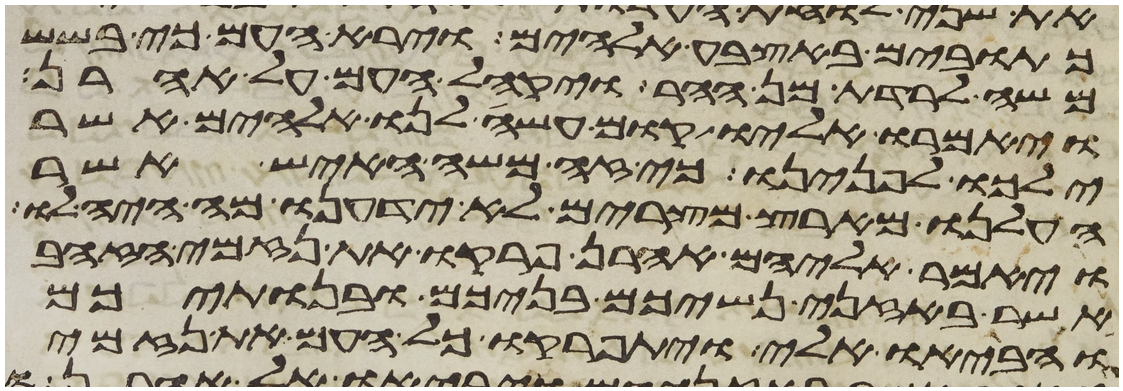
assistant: כתובים באצבע אלהים וירא העם כי בשש
משה לרדת מן ההר ויקהל העם על אהרן
ויאמרו אליו קום עשה לנו אלהים אשר
ילכו לפנינו כי זה משה האיש אשר
העלנו מארץ מצרים לא ידענו מה היה לו
ויאמר אליהם אהרן פרקו את נזמי הזהב
אשר באזני נשיכם בניכם ובנתיכם
והביאו אלי ויתפרקו כל העם את נזמי